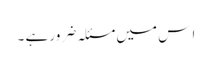
ا س میں مسئلہ ضرور ہے ۔